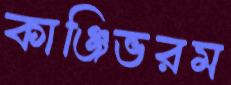
কাঞ্জিভরম